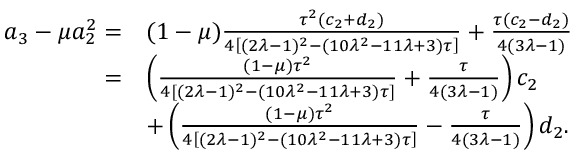
\begin{array} { r l } { a _ { 3 } - \mu a _ { 2 } ^ { 2 } = } & { ( 1 - \mu ) \frac { \tau ^ { 2 } ( c _ { 2 } + d _ { 2 } ) } { 4 \left[ ( 2 \lambda - 1 ) ^ { 2 } - ( 1 0 \lambda ^ { 2 } - 1 1 \lambda + 3 ) \tau \right] } + \frac { \tau ( c _ { 2 } - d _ { 2 } ) } { 4 ( 3 \lambda - 1 ) } } \\ { = } & { \left( \frac { ( 1 - \mu ) \tau ^ { 2 } } { 4 \left[ ( 2 \lambda - 1 ) ^ { 2 } - ( 1 0 \lambda ^ { 2 } - 1 1 \lambda + 3 ) \tau \right] } + \frac { \tau } { 4 ( 3 \lambda - 1 ) } \right) c _ { 2 } } \\ & { + \left( \frac { ( 1 - \mu ) \tau ^ { 2 } } { 4 \left[ ( 2 \lambda - 1 ) ^ { 2 } - ( 1 0 \lambda ^ { 2 } - 1 1 \lambda + 3 ) \tau \right] } - \frac { \tau } { 4 ( 3 \lambda - 1 ) } \right) d _ { 2 } . } \end{array}